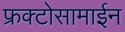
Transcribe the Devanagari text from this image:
फ्रक्टोसामाईन